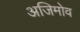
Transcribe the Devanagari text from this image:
अजिमोव